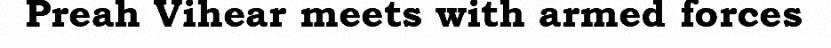
Preah Vihear meets with armed forces